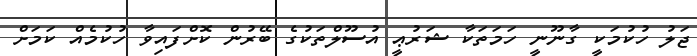
ޖަލު ހުކުމަކީ ގާނޫނީ ހަމަތަކާ ޝަރުޢީ އުސޫލްތަކުގެ ބޭރުން ކޮށްފައިވާ ހުކުމެއް ކަމަށް